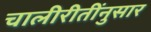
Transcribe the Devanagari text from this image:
चालीरीतींनुसार